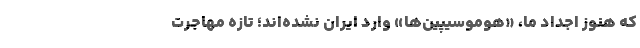
که هنوز اجداد ما، «هوموسِیپیَن‌ها» وارد ایران نشده‌اند؛ تازه مهاجرت